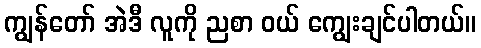
ကျွန်တော် အဲဒီ လူကို ညစာ ဝယ် ကျွေးချင်ပါတယ်။